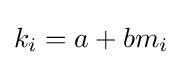
k_{i}=a+bm_{i}